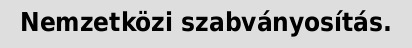
Nemzetközi szabványosítás.